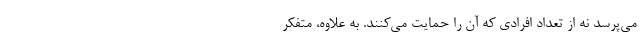
می‌پرسد نه از تعداد افرادی که آن را حمایت می‌کنند. به علاوه، متفکر